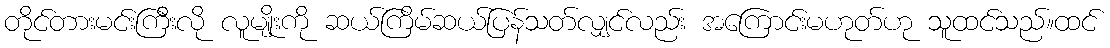
တိုင်တားမင်းကြီးလို လူမျိုးကို ဆယ်ကြိမ်ဆယ်ပြန်သတ်လျှင်လည်း အကြောင်းမဟုတ်ဟု သူထင်သည်။ထင်